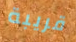
قريبة